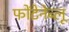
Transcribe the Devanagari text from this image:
फोंटेनेब्लू